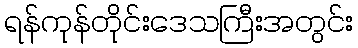
ရန်ကုန်တိုင်းဒေသကြီးအတွင်း